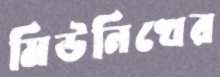
মিউনিখের